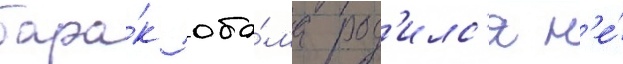
бара́к оба́ма род'илс'я н'е́